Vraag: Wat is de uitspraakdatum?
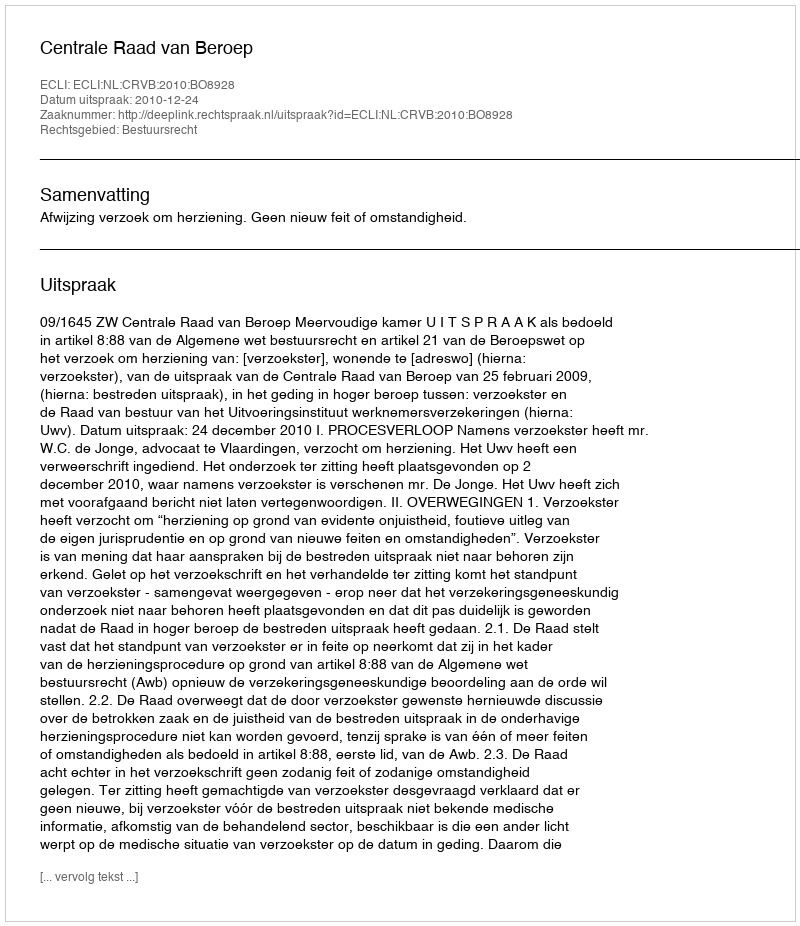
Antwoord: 2010-12-24